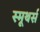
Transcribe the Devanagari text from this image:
स्मूथर्स